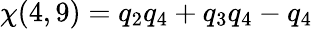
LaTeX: \chi(4,9)=q_{2}q_{4}+q_{3}q_{4}-q_{4}